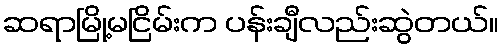
ဆရာမြို့မငြိမ်းက ပန်းချီလည်းဆွဲတယ်။